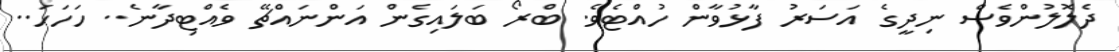
ދެލޮލުންވެސް ނިދީގެ އަސަރު ފާޅުވާން ހުއްޓެވެ. ބްރޯ ބަލައިގެން އަންނައްޗޭ ވެއްޓިދާނެ.. ހަހަހަ..